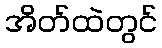
အိတ်ထဲတွင်